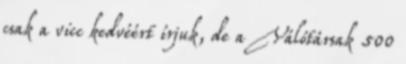
csak a vicc kedvéért írjuk, de a Válótársak 500